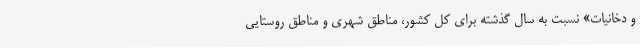
و دخانیات» نسبت به سال گذشته برای کل کشور، مناطق شهری و مناطق روستایی